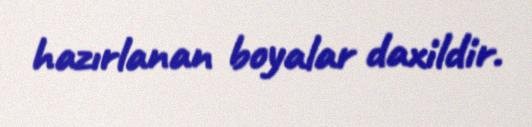
hazırlanan boyalar daxildir.